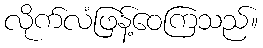
လိုက်လံဖြန့်ဝေကြသည်။